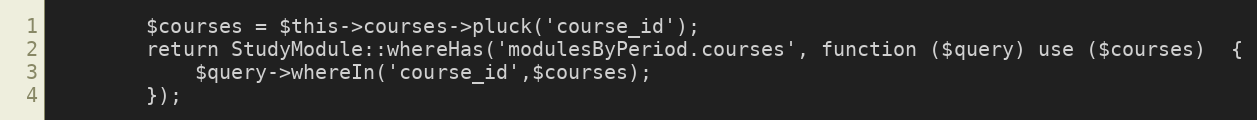
Language: PHP
        $courses = $this->courses->pluck('course_id');
        return StudyModule::whereHas('modulesByPeriod.courses', function ($query) use ($courses)  {
            $query->whereIn('course_id',$courses);
        });